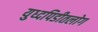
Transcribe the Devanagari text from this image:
युध्दपिडीतलोग